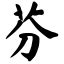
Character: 芬